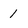
Character: 1